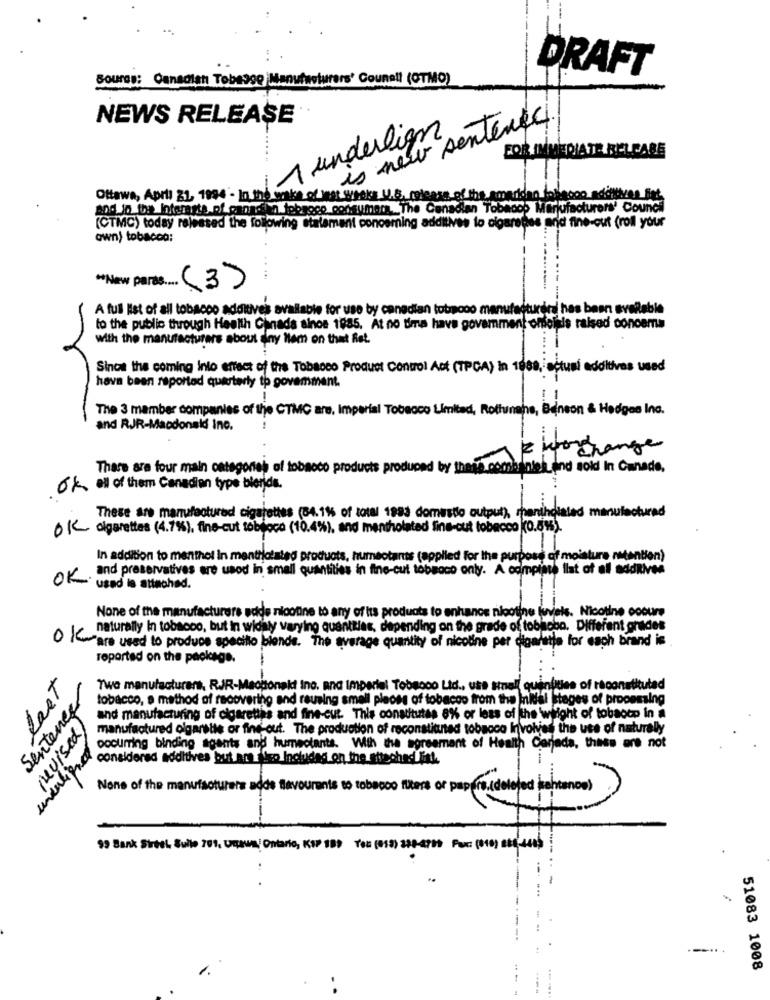
DRAFT
Soures: Canadian Tobegge Manufacturers' Counell (CTMO)
NEWS RELEASE
is new sentence
11 underlign
FOR IMMEDIATE BELLARE
Ottawa, April 22, 1994 - In the wake of jest weeks U.S. release of the amadioan fopacco aditives flot
and in De Interests of gantdid lobroco consumer ... The Canadian Tobaoop Marjufacturers' Council
(CTMC) today released the folowing statement concerning additives to digarepes and fine-out (roll your
own) tobacco:
*New pars ... (3)
A full list of all tobacco additives available for use by canadian tobacco manufacturerd has been available
to the public through Health Canada since 1985. At no time have government officials raised concema
with the manufacturers about any them on that fiat.
Since the coming into effect of the Tobacco Product Control Act (TPCA) in 1008, actual additives used
have been reported quarterly to govemment.
The 3 member companies of the CTMC are, Imperial Tobacco Limited, Rothunene, Beneon & Hedges Inc.
and RJR-Macdonald Inc.
zwochange
There are four main categories of tobacco products produced by these. combaniel_end sold In Cunade.
ok all of them Canadian type blends.
These are manufactured cigarettes (84.11 of total 1993 domestlo output), mentholated manufacturad
OK cigarettes (4.7%), fine-cut tobeoce (10.4%), and mentholated line-out tobacco (0.5%).
In addition to menthol In mentilatated products, humeotants (applied for the purpose of moisture retention)
and preservatives are usod in small quantities in fine-cut tobaoco only. A complete ilat of all additives
OK.
usad is attached.
None of the manufacturers adde nicotine to any of its products to enhance nicotine levels. Nicotine oobure
naturally In tobacco, but in widaly varying quantities, depending on the grade of tobhobo. Different grades
O Ko are used to produce specito biende. The average quantity of nicoline per cigarette for each brand is
reported on the package.
Sentenes
last
Two manufacturers. RJR-Maottonak ino, and Imperial Tobacco Ltd ., use sinall quantities of räconstitulad
tobacco, a method of recovering and rausing small pieces of tobacco from the initial stages of processing
revised
and manufacturing of cigarettes and fine-cut. This constitutes 8% or less of the wilight of tobacco in a
manufactured olgarbile or find out. The production of reconstituned tobacco involves the use of naturelly
unenligne
occurring binding agents and humectants. With the agreement of Health Carjeda, these are not
considered additives but an ito Included on the attached litt.
None of the manufacturer's adds flavourants to tobacco flere or papers (deleted sentence)
99 Bank Street, Sulle 701, Uchwal Ontario, KSP 199 You (013) 338-4719 Fax: (818) 888-4415
..
1.
51083 1008